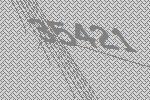
35421